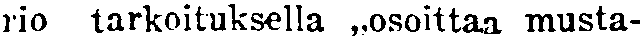
rio tarkoituksella ,,osoittaa musta-